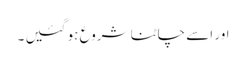
اور اسے چاٹنا شروع ہو گئیں ۔